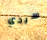
سيدي